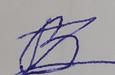
Signature authenticity: forged